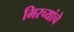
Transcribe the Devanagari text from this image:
मिरच्यांचे